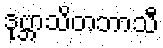
ဒုဗ္ဘာသိတဘာသီ